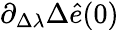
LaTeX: \partial_{\Delta\lambda}\Delta\hat{e}(0)